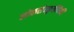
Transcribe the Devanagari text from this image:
लोकसंस्कृतीपैकी